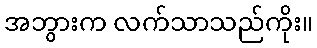
အဘွားက လက်သာသည်ကိုး။